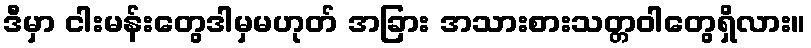
ဒီမှာ ငါးမန်းတွေဒါမှမဟုတ် အခြား အသားစားသတ္တဝါတွေရှိလား။